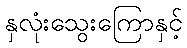
နှလုံးသွေးကြောနှင့်